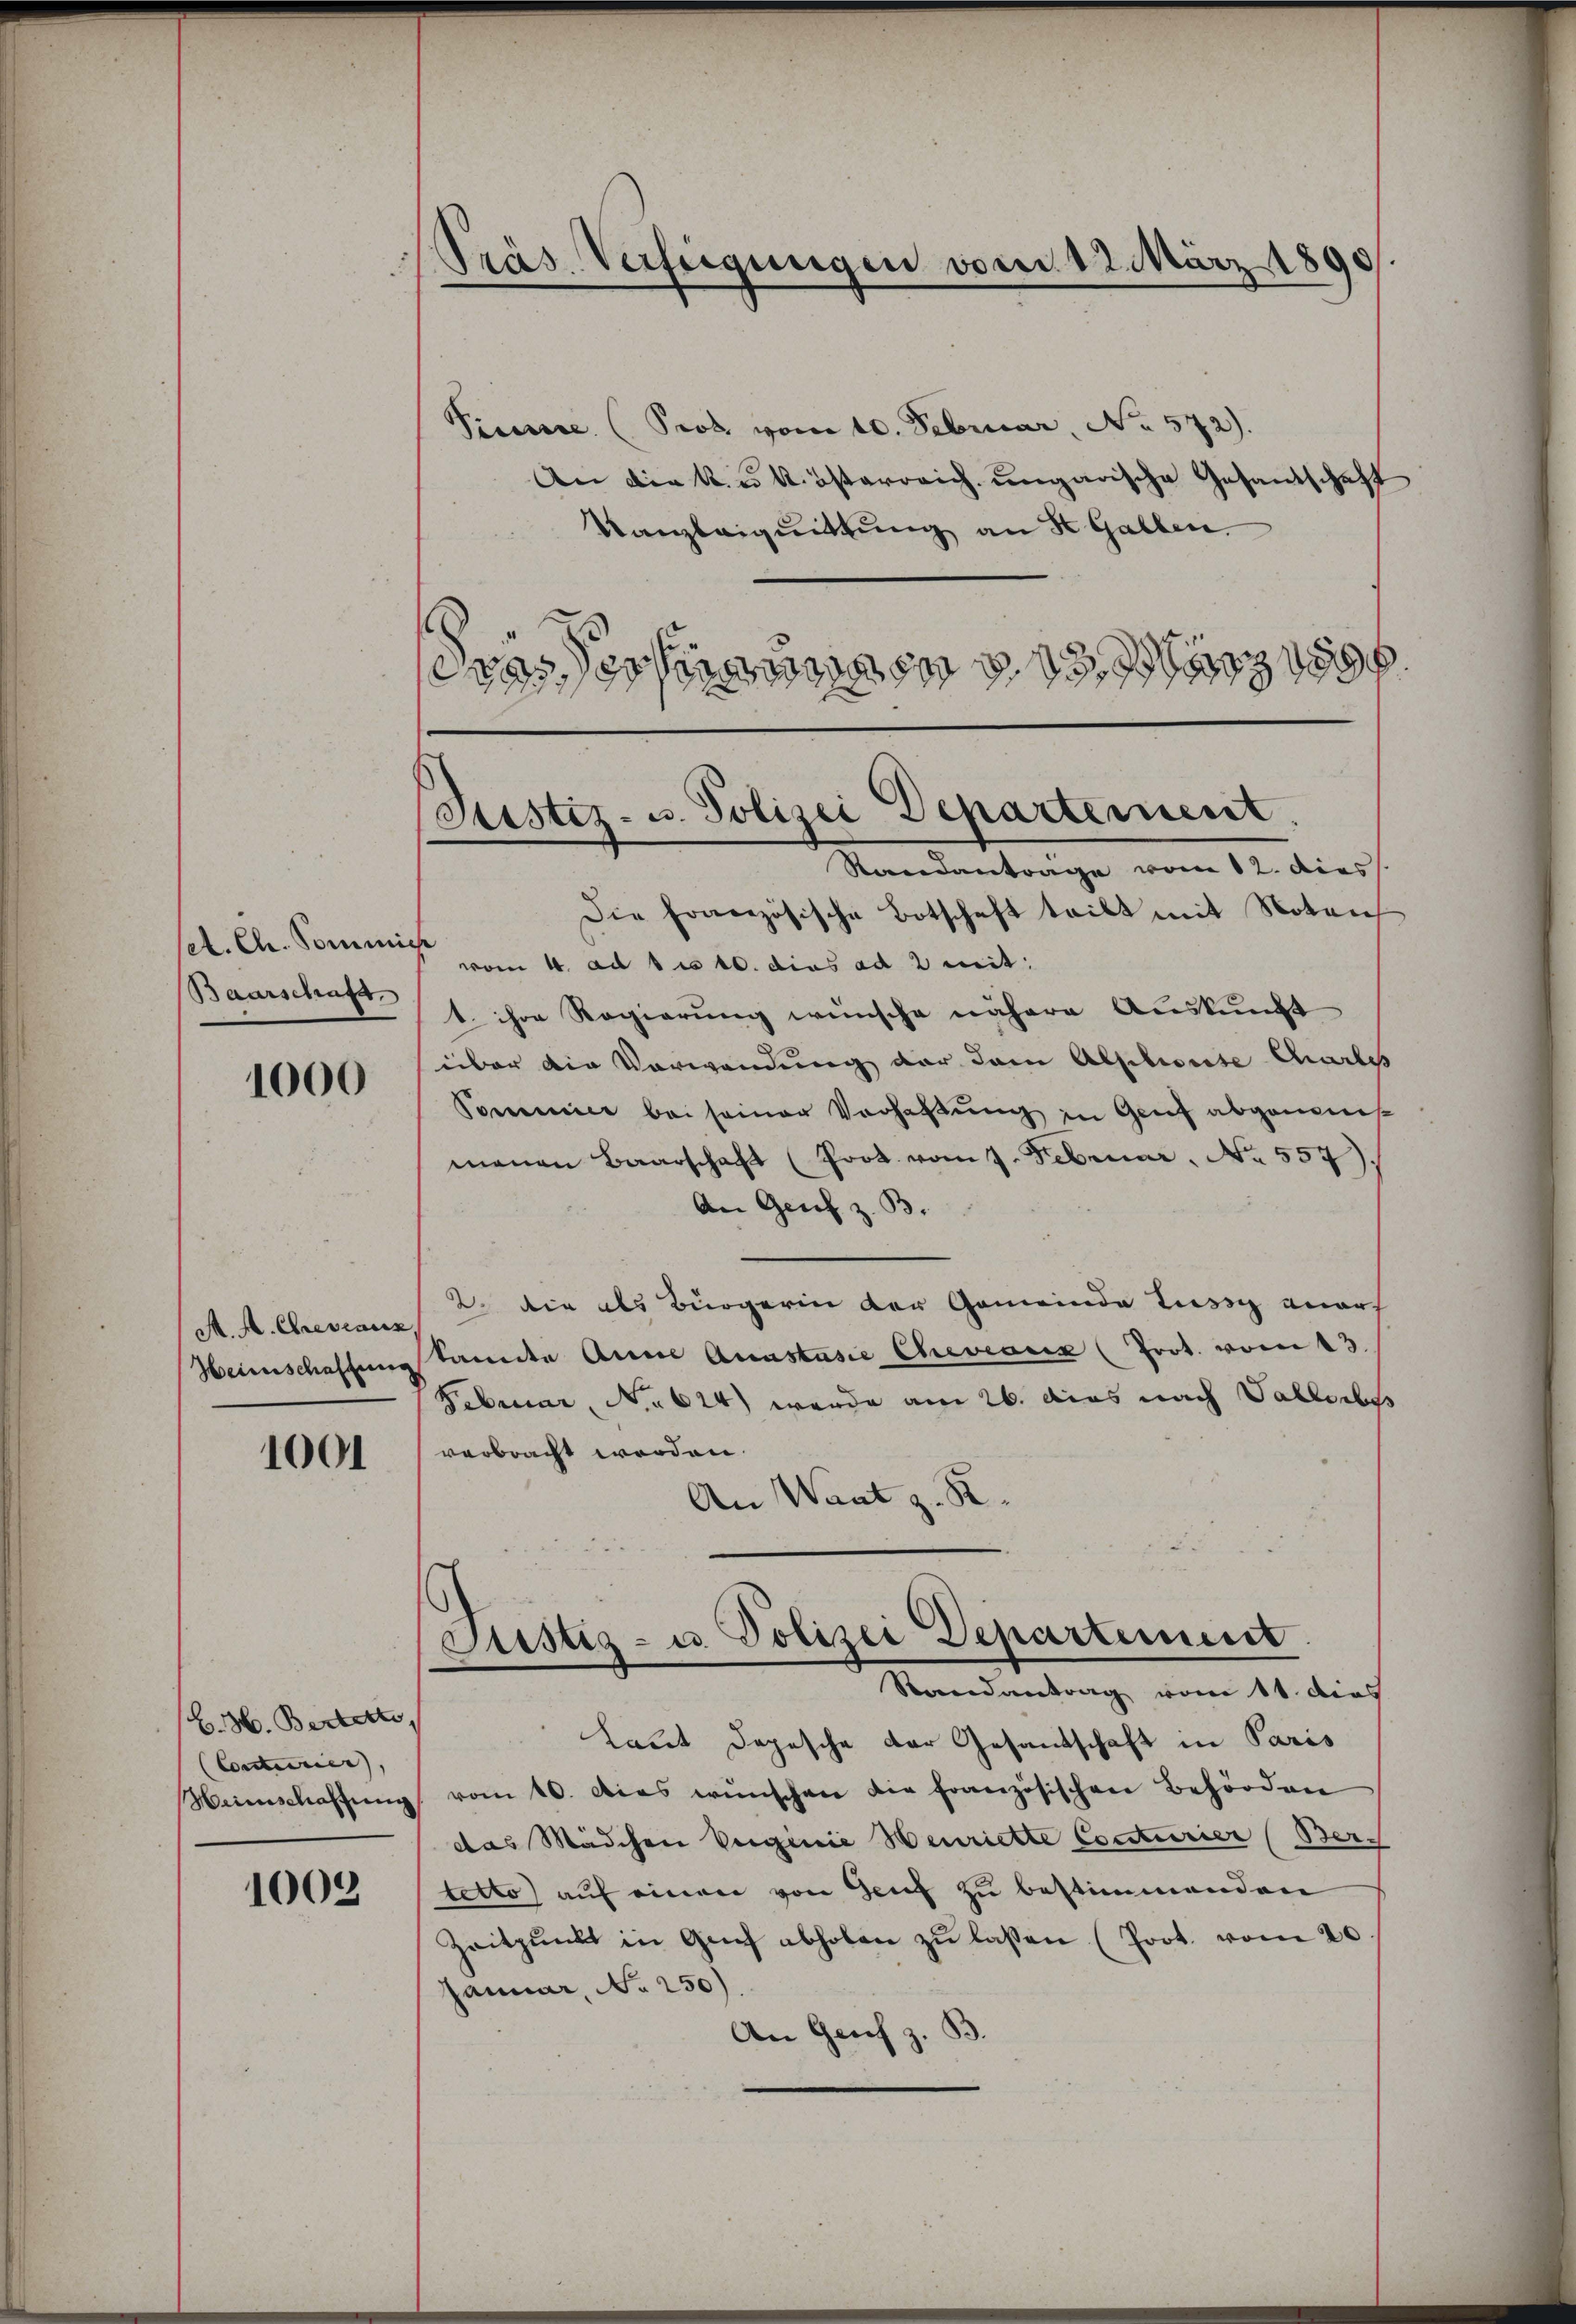
dt. Ch. Somini
Baarschaft

1000

M. A. Creviaux
Heimschaftung

1001

B. H. Bertorte,
(Conturier),
Haiinschaffung

1003

Präs. Verfügungen vom 12. März 1890

Preussee (Probe vom 10. Februar, No. 572).
An die k. u. k. österreich ungarische Gesandschaft
Kanzleiquittung an St. Gallen.
se rasch
Randantrage vom 12. dies
Die Französische Botschaft teilt mit Notarch
 vom 4. ad 1. 10. dies ad 2 mit:
1. ihre Regierung wünsche nähere Aŭskŭnft
über die Verwendung der dem Abschause charte
Pommer bei seiner Verhaltung in Genf abgenom
menen Baarschaft (Prot. vom 7. Februar. No. 557)
An Genf z. B.
2. die als Bürgerin der Gemeinde Tusz anarf
kannte Anne Anastasie Chevaux (Prot. vom 13.
Februar, No 614) wurde am 26. das nach Vallerbes
verbracht worden.
An Want z. R.
Justiz- u. Polizei Departement
Randantrag vom 11. dies
Laut Depesche der Gesandschaft in Paris
vom 10. dies wünschen die französischen Behörden
das Mädchen Verginie Henriette Conturier (Ber-
tetto auf einen von Genf zu bestimmenden
Zeitpunkt in Genf abholen zŭ lassen (Prot. vom 20
Januar, No 250)
An Genf z. B.
d

Justiz- u. Polizei Departement.